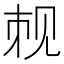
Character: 𬢉